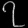
Digit: ၇